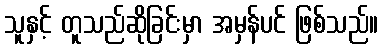
သူနှင့် တူသည်ဆိုခြင်းမှာ အမှန်ပင် ဖြစ်သည်။